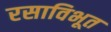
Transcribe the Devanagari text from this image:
रसाविभूत